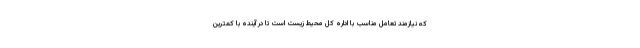
که نیازمند تعامل مناسب با اداره کل محیط زیست است تا در آینده با کمترین